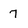
Character: 7